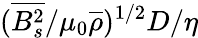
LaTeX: (\overline{{B_{s}^{2}}}/\mu_{0}\overline{{\rho}})^{1/2}D/\eta